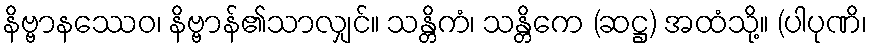
နိဗ္ဗာနဿေဝ၊ နိဗ္ဗာန်၏သာလျှင်။ သန္တိကံ၊ သန္တိကေ (ဆဋ္ဌ) အထံသို့။ (ပါပုဏိ၊